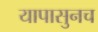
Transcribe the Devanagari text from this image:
यापासुनच